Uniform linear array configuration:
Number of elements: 24
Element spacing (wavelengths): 0.75
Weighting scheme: binomial
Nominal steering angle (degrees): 45
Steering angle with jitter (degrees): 44.667
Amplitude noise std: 0.05
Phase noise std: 0.05

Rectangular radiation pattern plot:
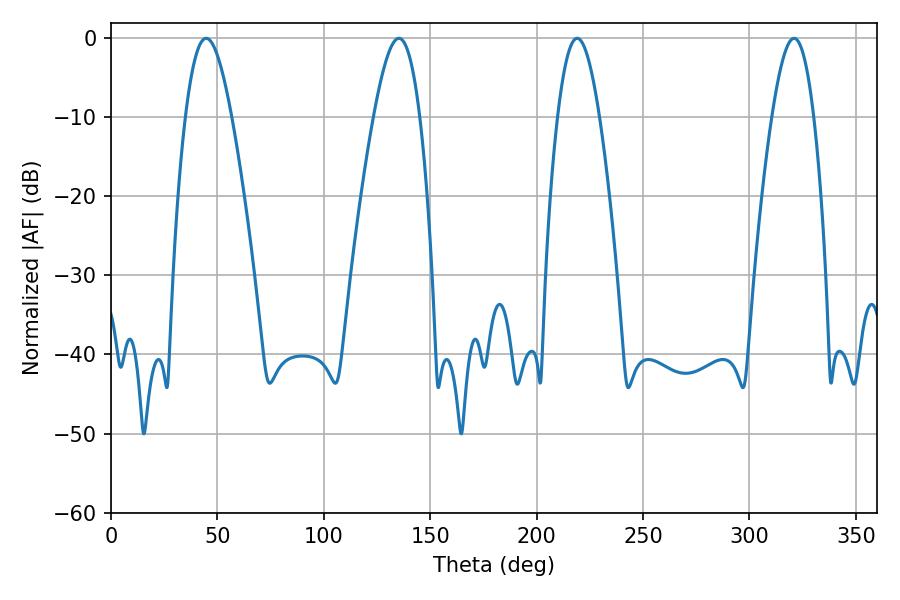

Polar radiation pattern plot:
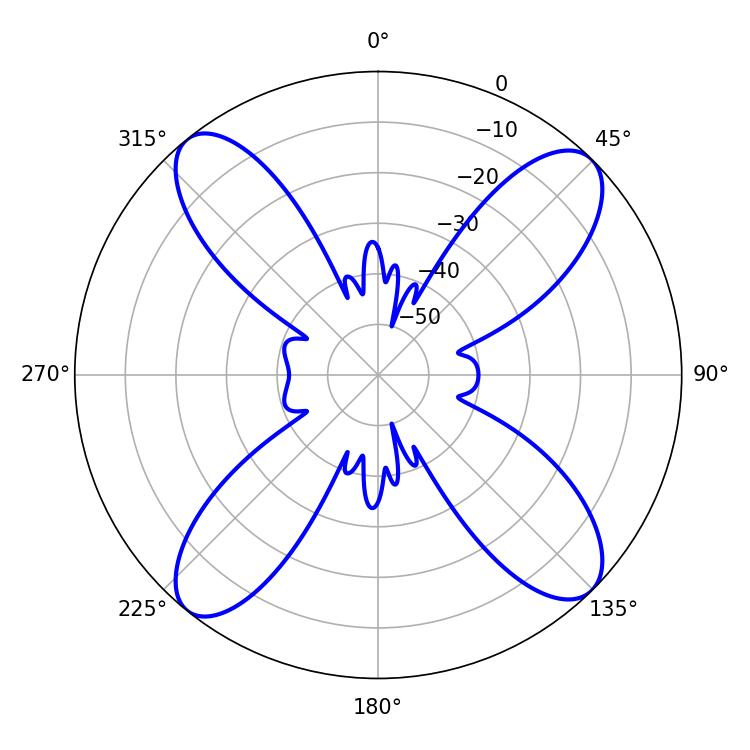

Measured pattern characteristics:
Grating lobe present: TRUE
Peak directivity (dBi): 15.244
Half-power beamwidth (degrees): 10.8
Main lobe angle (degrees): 219.06